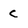
Character: C